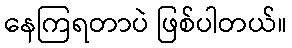
နေကြရတာပဲ ဖြစ်ပါတယ်။